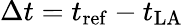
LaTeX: \Delta t=t_{\mathrm{ref}}-t_{\mathrm{LA}}